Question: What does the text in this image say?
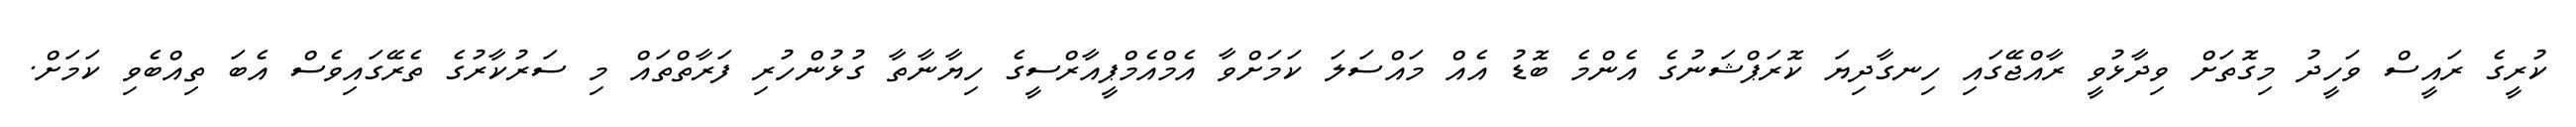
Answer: ކުރީގެ ރައީސް ވަހީދު މިގޮތަށް ވިދާޅުވީ ރާއްޖޭގައި ހިނގާދިޔަ ކޮރަޕްޝަނުގެ އެންމެ ބޮޑު އެއް މައްސަލަ ކަމަށްވާ އެމްއެމްޕީއާރްސީގެ ހިޔާނާތާ ގުޅުންހުރި ފަރާތްތައް މި ސަރުކާރުގެ ތެރޭގައިވެސް އެބަ ތިއްބެވި ކަމަށް.